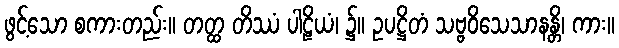
ဖွင့်သော စကားတည်း။ တတ္ထ တိဿံ ပါဠိယံ၊ ၌။ ဥပဋ္ဌိတံ သဗ္ဗဝိသေသာနန္တိ၊ ကား။